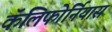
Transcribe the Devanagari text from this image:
कॅलिफोर्नियास